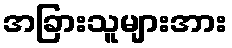
အခြားသူများအား